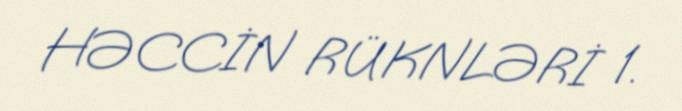
HƏCCİN RÜKNLƏRİ 1.